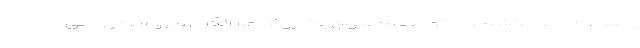
و سرطان را بو بکشند، می‌توانند به عنوان یک روش غربالگری ویروس در زمانی